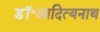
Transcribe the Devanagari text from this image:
डॉ॰आदित्यनाथ